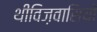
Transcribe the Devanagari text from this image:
थीविज़वासियों